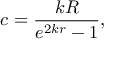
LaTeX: c = \frac { k R } { e ^ { 2 k r } - 1 } ,